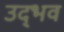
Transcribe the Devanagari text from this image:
उद्‍भव